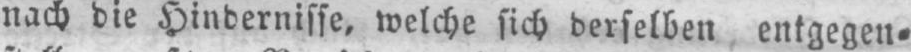
nach die Hindernisse, welche sich derselben entgegen⸗